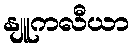
နျူကလီယာ